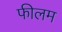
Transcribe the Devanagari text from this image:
फीलम